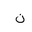
Letter: _non